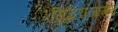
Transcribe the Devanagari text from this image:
सिद्धराजागम